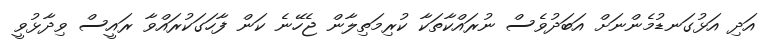
އަދި އަޅުގަނޑުމެންނަށް އަބަދުވެސް ނުރައްކާތަކާ ކުރިމަތިލާން ޖެހޭނެ ކަން ފާހަގަކުރައްވާ ރައީސް ވިދާޅުވީ